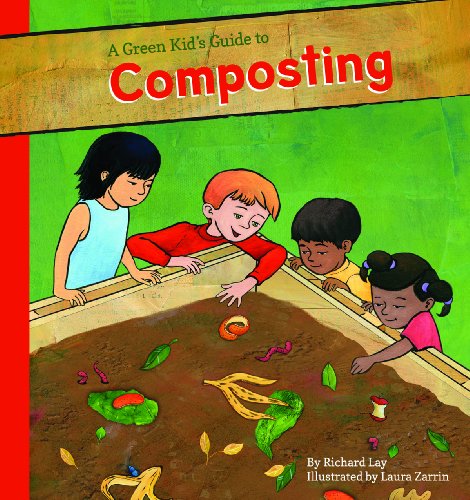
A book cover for A Green Kid's Guide to Composting (A Green Kid's Guide to Gardening!); Richard Lay; Children's Books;